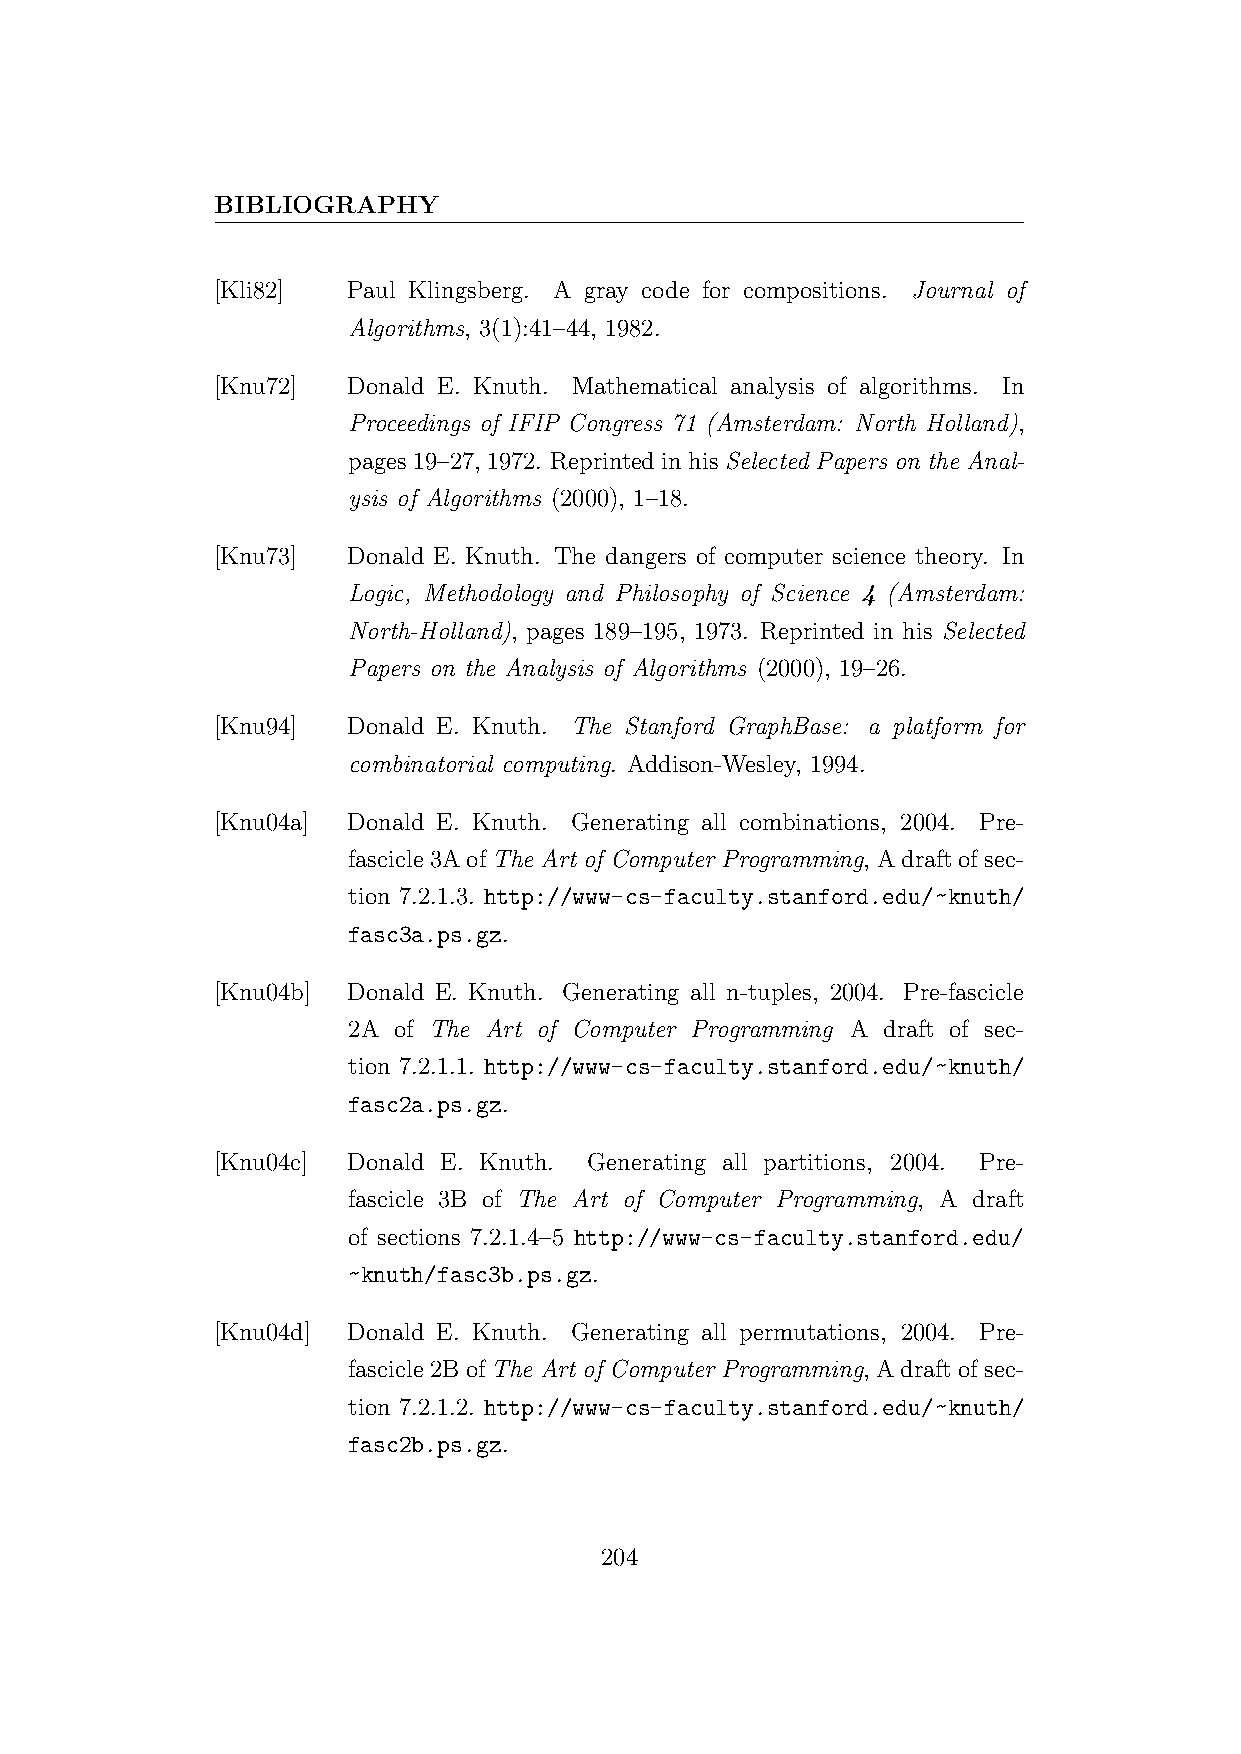
BIBLIOGRAPHY
 [Kli82]  Paul Klingsberg. A gray code for compositions. Journal of
 Algorithms, 3(1):41–44, 1982.
 [Knu72]  Donald E. Knuth. Mathematical analysis of algorithms. In
 Proceedings of IFIP Congress 71 (Amsterdam: North Holland),
 pages 19–27, 1972. Reprinted in his Selected Papers on the Anal-
 ysis of Algorithms (2000), 1–18.
 [Knu73]  Donald E. Knuth. The dangers of computer science theory. In
 Logic, Methodology and Philosophy of Science 4 (Amsterdam:
 North-Holland), pages 189–195, 1973. Reprinted in his Selected
 Papers on the Analysis of Algorithms (2000), 19–26.
 [Knu94]  Donald E. Knuth. The Stanford GraphBase: a platform for
 combinatorial computing. Addison-Wesley, 1994.
 [Knu04a] Donald E. Knuth. Generating all combinations, 2004. Pre-
 fascicle3AofThe Art of Computer Programming, Adraftofsec-
 tion 7.2.1.3. http://www-cs-faculty.stanford.edu/~knuth/
 fasc3a.ps.gz.
 [Knu04b] Donald E. Knuth. Generating all n-tuples, 2004. Pre-fascicle
 2A of The Art of Computer Programming A draft of sec-
 tion 7.2.1.1. http://www-cs-faculty.stanford.edu/~knuth/
 fasc2a.ps.gz.
 [Knu04c] Donald E. Knuth. Generating all partitions, 2004. Pre-
 fascicle 3B of The Art of Computer Programming, A draft
 of sections 7.2.1.4–5 http://www-cs-faculty.stanford.edu/
 ~knuth/fasc3b.ps.gz.
 [Knu04d] Donald E. Knuth. Generating all permutations, 2004. Pre-
 fascicle2BofThe Art of Computer Programming, Adraftofsec-
 tion 7.2.1.2. http://www-cs-faculty.stanford.edu/~knuth/
 fasc2b.ps.gz.
 204